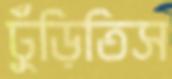
ঢুঁড়িতিস